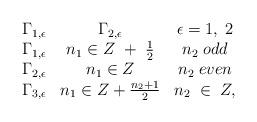
LaTeX: \begin{align*}\begin{array}{cccc}\Gamma_{1,\epsilon}&\Gamma_{2,\epsilon}&\epsilon=1,\;2\\\Gamma_{1,\epsilon}&n_1 \in Z\ +\;\frac{1}{2}& n_2\;odd\\\Gamma_{2,\epsilon}&n_1 \in Z &n_2\;even\\\Gamma_{3,\epsilon}&n_1 \in Z + \frac{n_2 +1}{2}&n_2\;\in\; Z,\end{array}\end{align*}